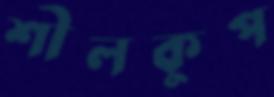
শীলকুপ